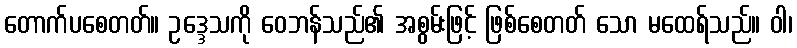
တောက်ပစေတတ်။ ဥဒ္ဒေသကို ဝေဘန်သည်၏ အစွမ်းဖြင့် ဖြစ်စေတတ် သော မထေရ်သည်။ ဝါ၊